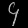
Digit: ၄